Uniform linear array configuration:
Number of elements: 64
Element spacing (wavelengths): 0.5
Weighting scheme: hamming
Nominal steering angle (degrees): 0
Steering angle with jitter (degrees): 1.754
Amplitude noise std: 0.05
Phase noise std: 0.05

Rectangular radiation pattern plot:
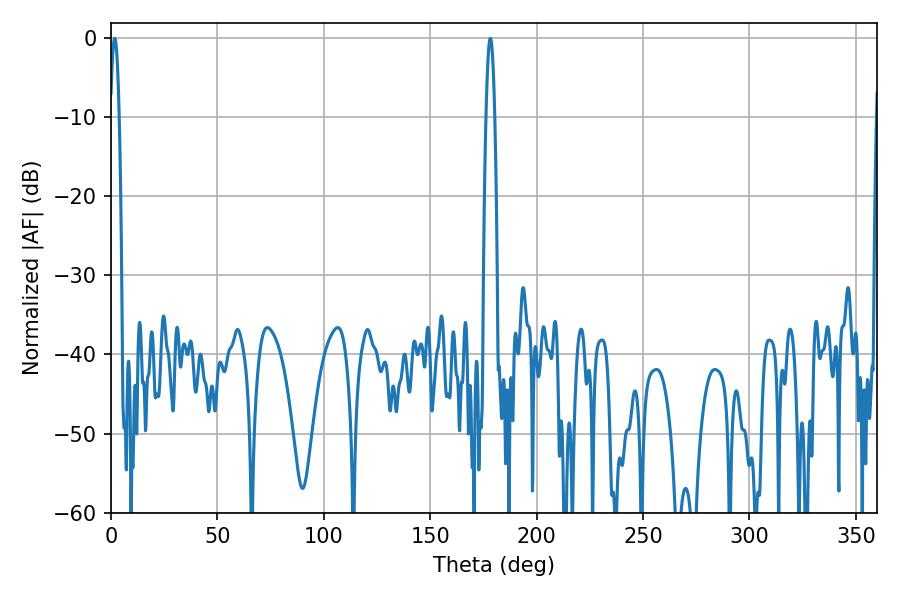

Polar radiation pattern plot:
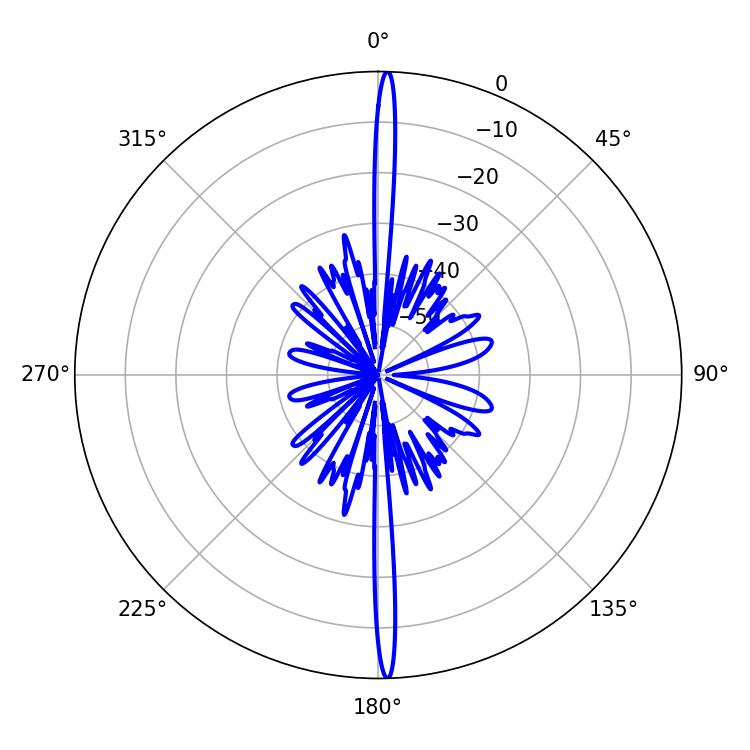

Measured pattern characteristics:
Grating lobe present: FALSE
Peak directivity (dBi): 28.667
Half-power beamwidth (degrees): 2.16
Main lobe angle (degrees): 178.2